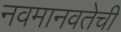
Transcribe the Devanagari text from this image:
नवमानवतेची